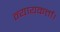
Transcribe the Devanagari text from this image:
न्यायकर्त्ता।